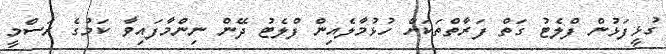
ގުޅީފަޅުން ފްލެޓު ގަތް ފަރާތްތަކަށް ހުޅުމާލެއިން ފްލެޓު ދޭން ނިންމާފައިވާ ކަމުގެ ރަސްމީ